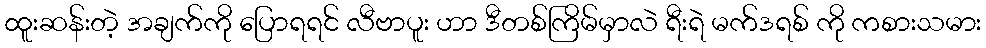
ထူးဆန်းတဲ့ အချက်ကို ပြောရရင် လီဗာပူး ဟာ ဒီတစ်ကြိမ်မှာလဲ ရီးရဲ မက်ဒရစ် ကို ကစားသမား